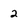
Character: 2